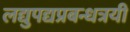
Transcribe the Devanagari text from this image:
लद्युपद्यप्रबन्धत्रयी